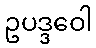
ဥပဒ္ဒဝေါ